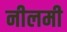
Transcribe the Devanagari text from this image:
नीलमी